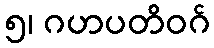
၅၊ ဂဟပတိဝဂ်